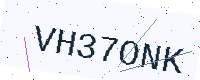
Text: VH37ONK